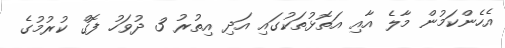
އެހެންކަމުން މާލެ އާއި އަތޮޅުތަކުގައި އަދި އިތުރު 3 ދުވަހު ފޮގް ކުރުމުގެ